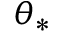
\boldsymbol { \theta } _ { * }